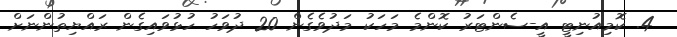
4. ކޮމިއުނިޓީ އީ-ސެންޓަރު ކޮންމެ މަހަކު މަދުވެގެން 20 ދުވަހު ހުޅުވައިގެން ރައްޔިތުންނަށް